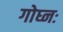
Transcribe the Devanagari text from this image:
गोघ्नः